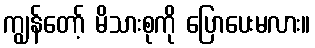
ကျွန်တော့် မိသားစုကို ပြောပေးမလား။